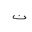
Letter: _non